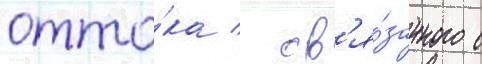
отто́ка / св'я́занного с